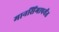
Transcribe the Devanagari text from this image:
मानसिंगापर्यंत